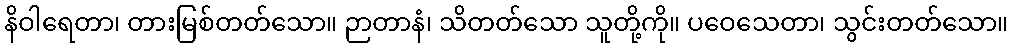
နိဝါရေတာ၊ တားမြစ်တတ်သော။ ဉာတာနံ၊ သိတတ်သော သူတို့ကို။ ပဝေသေတာ၊ သွင်းတတ်သော။